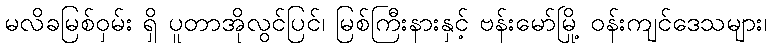
မလိခမြစ်ဝှမ်း ရှိ ပူတာအိုလွင်ပြင်၊ မြစ်ကြီးနားနှင့် ဗန်းမော်မြို့ ဝန်းကျင်ဒေသများ၊